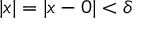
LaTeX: | x | = | x - 0 | < \delta